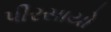
પીરસાયો